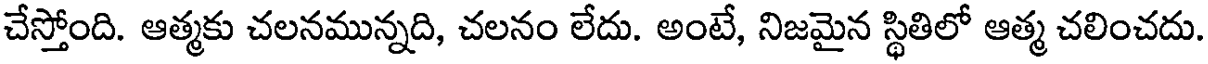
చేస్తోంది. ఆత్మకు చలనమున్నది, చలనం లేదు. అంటే, నిజమైన స్థితిలో ఆత్మ చలించదు.